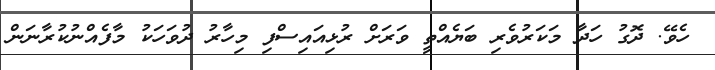
ހެވޭ. ދޮގު ހަދާ މަކަރުވެރި ބަޔެއްތީ ވަރަށް ރުޅިއައިސްފި މިހާރު ދުވަހަކު މާފެއްނުކުރާނަން